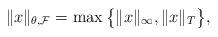
LaTeX: \begin{align*} \|x\|_{\theta,\mathcal{F}}= \max \big\{\|x\|_{\infty} , \|x\|_T \big\},\end{align*}